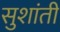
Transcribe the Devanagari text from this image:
सुशांती